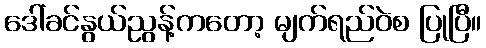
ဒေါ်ခင်နွယ်ညွန့်ကတော့ မျက်ရည်ဝဲစ ပြုပြီ။